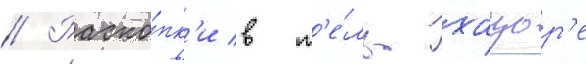
// Раско́пк'и в т'е́ль-хацор'е